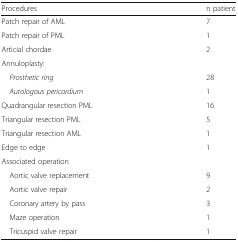
| Procedures | n patient |
 | --- | --- |
 | Patch repair of AML | 7 |
 | Patch repair of PML | 1 |
 | Articial chordae | 2 |
 | <COLSPAN=2> Annuloplasty: |
 | Prosthetic ring | 28 |
 | Autologous pericardium | 1 |
 | Quadrangular resection PML | 16 |
 | Triangular resection PML | 5 |
 | Triangular resection AML | 1 |
 | Edge to edge | 1 |
 | <COLSPAN=2> Associated operation |
 | Aortic valve replacement | 9 |
 | Aortic valve repair | 2 |
 | Coronary artery by pass | 3 |
 | Maze operation | 1 |
 | Tricuspid valve repair | 1 |